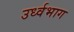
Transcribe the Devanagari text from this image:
उर्ध्वभाग